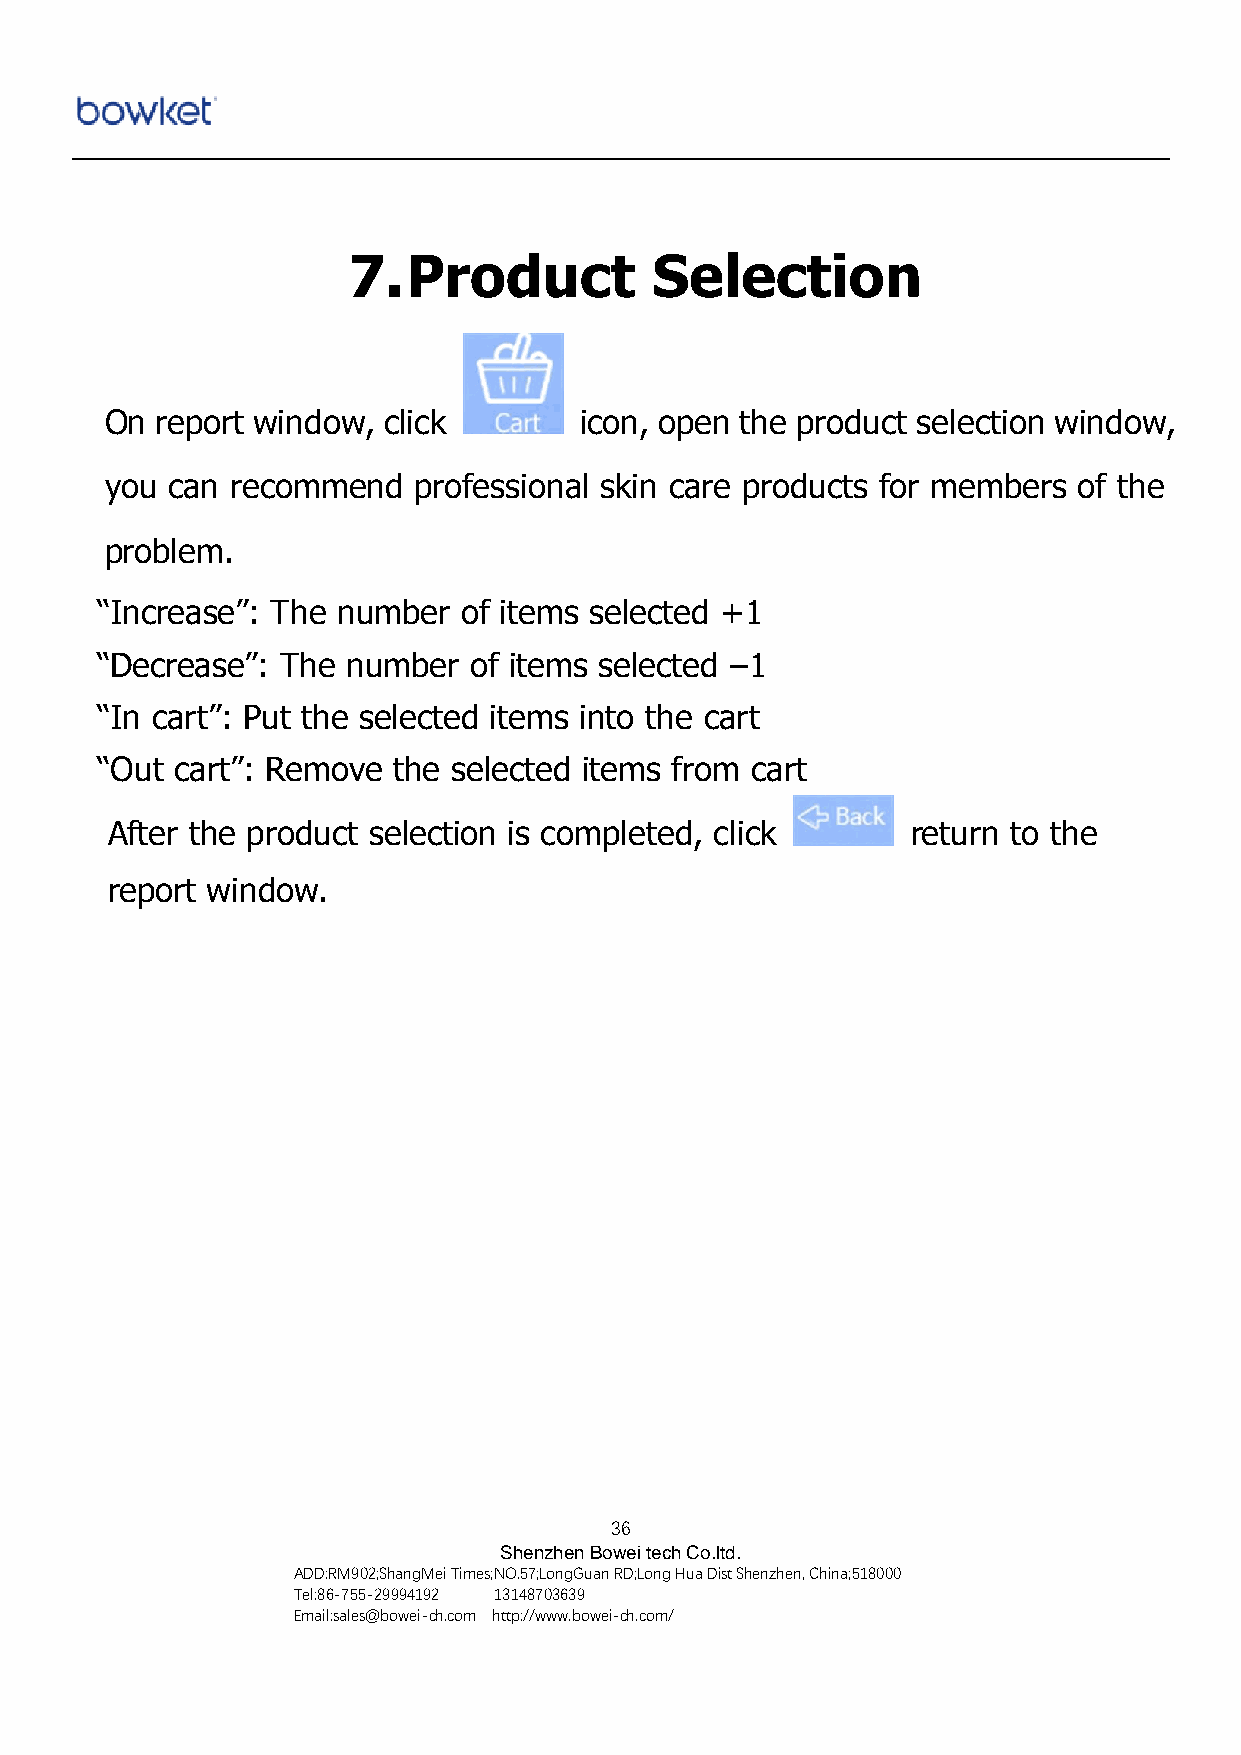
7.  Product         Selection
 On report window, click        icon, open the product selection window,
 you can recommend   professional skin care products for members of the
 problem.
 “Increase”: The number   of items selected +1
 “Decrease”:  The number  of items selected –1
 “In cart”: Put the selected items into the cart
 “Out  cart”: Remove the selected items from cart
 After the product selection is completed, click      return to the
 report window.
 36
 Shenzhen Bowei tech Co.ltd.
 ADD:RM902;ShangMei Times;NO.57;LongGuan RD;Long Hua Dist Shenzhen, China;518000
 Tel:86-755-29994192 13148703639
 Email:sales@bowei-ch.com http://www.bowei-ch.com/